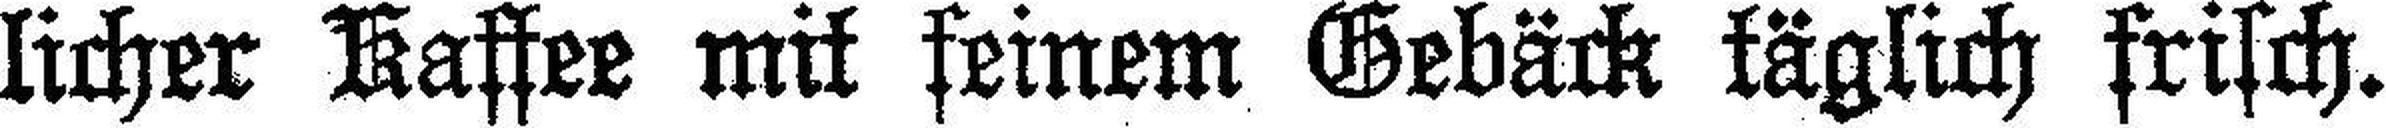
licher Kaffee mit feinem Gebäck täglich frisch.